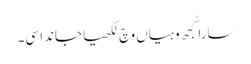
سارا کُجھ وہیاں وچ لکھیا جاندا سی۔